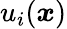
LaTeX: {u}_{i}(\boldsymbol{x})